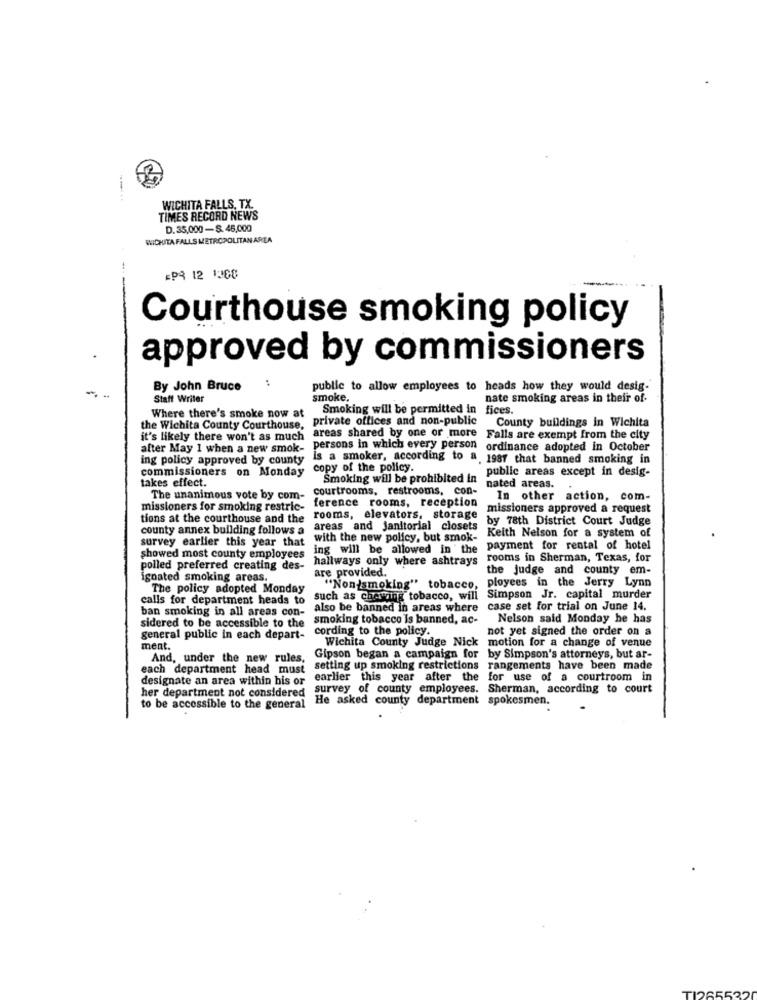
---
WICHITA FALLS, TX.
TIMES RECORD NEWS
D.35,000-S. 46,000
WICHITA FALLS METROPOLITAN AREA
EPS 12 1208
Courthouse smoking policy
approved by commissioners
...
By John Bruce
public to allow employees to heads how they would desig.
Staff Writer
smoke.
nate smoking areas in their of-
Smoking will be permitted in fices.
Where there's smoke now at
private offices and non-public
County buildings in Wichita
the Wichita County Courthouse,
it's likely there won't as much
areas shared by one or more Falls are exempt from the city
alter May 1 when a new smok-
persons in which every person ordinance adopted in October
ing policy approved by county
is a smoker, according to a. 1987 that banned smoking in
commissioners on Monday
copy of the policy.
public areas except in desig-
takes effect.
Smoking will be prohibited In
courtrooms, restrooms, con-
nated areas.
The unanimous vote by com-
In other action, com-
missioners for smoking restric-
ference rooms, reception
missioners approved a request
tions at the courthouse and the
rooms, elevators, storage
by 78th District Court Judge
county annex building follows a
areas and Janitorial closets
survey earlier this year that
with the new policy, but smok-
Keith Nelson for a system of
ing will be allowed in the
payment for rental of hotel
showed most county employees
hallways only where ashtrays
rooms in Sherman, Texas, for
polled preferred creating des-
the judge and county em-
igoated smoking areas.
are provided.
"Non-smoking" tobacco, ployees in the Jerry Lynn
The policy adopted Monday
calls for department heads to
such as cherring tobacco, will Simpson Jr. capital murder
ban smoking in all areas con-
also be banned in areas where
case set for trial on June 14.
smoking tobacco is banned, ac-
Nelson said Monday he has
sidered to be accessible to the
cording to the policy.
not yet signed the order on a
general public in each depart-
Wichita County Judge Nick
motion for a change of venue
ment.
And, under the new rules,
Gipson began a campaign for by Simpson's attorneys, but ar-
each department head must
setting up smoking restrictions
rangements have been made
designate an area within his or
earlier this year after the
for use of a courtroom in
her department not considered
survey of county employees. Sherman, according to court
He asked county d
y department spokesmen.
to be accessible to the general
12655